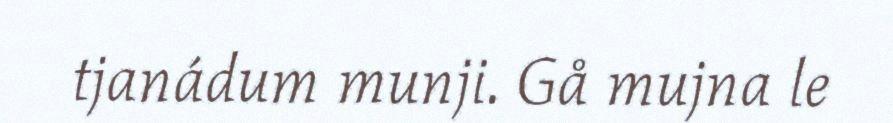
tjanádum munji. Gå mujna le